Document type: Emphyteutic lease
Year: 1274
Scribe: Pere Marquès
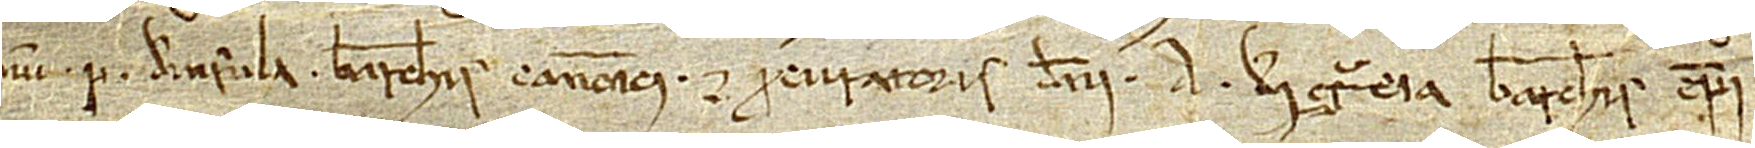
num P. de Insula, Barchinonensis canonici et procuratoris domini A., Dei gratia Barchinonensis episcopi.